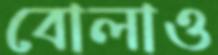
বোলাও